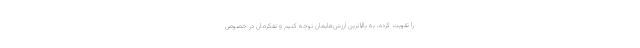
را تقویت کرده، به بالاترین ارزش‌هایمان توجه کنیم و تفکرمان در خصوص